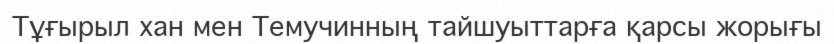
Тұғырыл хан мен Темучинның тайшуыттарға қарсы жорығы